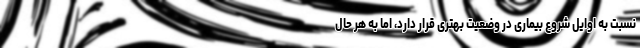
نسبت به اوایل شروع بیماری در وضعیت بهتری قرار دارد، اما به هر حال